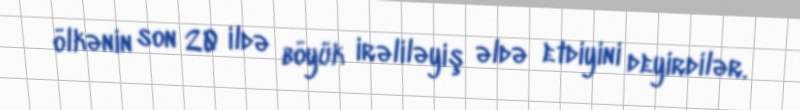
ölkənin son 20 ildə böyük irəliləyiş əldə etdiyini deyirdilər.